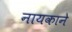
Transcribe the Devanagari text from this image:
नायकाने